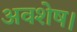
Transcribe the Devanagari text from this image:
अवशेष।